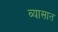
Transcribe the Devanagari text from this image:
व्यासात